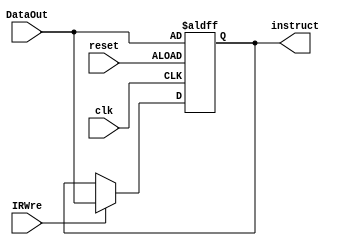
`timescale 1ns / 1ps
//////////////////////////////////////////////////////////////////////////////////
// Company: 
// Engineer: 
// 
// Design Name: 
// Module Name: IR
// Project Name: 
// Target Devices: 
// Tool Versions: 
// Description: 
// 
// Dependencies: 
// 
// Revision:
// Revision 0.01 - File Created
// Additional Comments:
// 
//////////////////////////////////////////////////////////////////////////////////


module IR(clk,reset,IRWre,DataOut,instruct);
    input clk;
    input reset;
    input IRWre;
    input [31:0] DataOut;
    output reg [31:0] instruct;
    /*initial begin 
    instruct <= 32'h08010008;
    end*/
    always@ (posedge clk or negedge reset) begin
        if (reset==0)
            instruct <= DataOut;
        else if (IRWre)
            instruct <= DataOut;
        else 
            instruct <= instruct;
    end
    
endmodule